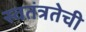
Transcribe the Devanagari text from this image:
स्वतंत्रतेची